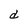
Character: d